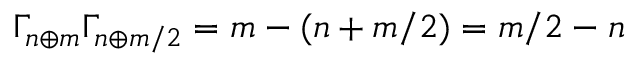
\Gamma _ { n \oplus m } \Gamma _ { n \oplus m / 2 } = m - ( n + m / 2 ) = m / 2 - n